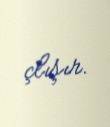
çlışır.